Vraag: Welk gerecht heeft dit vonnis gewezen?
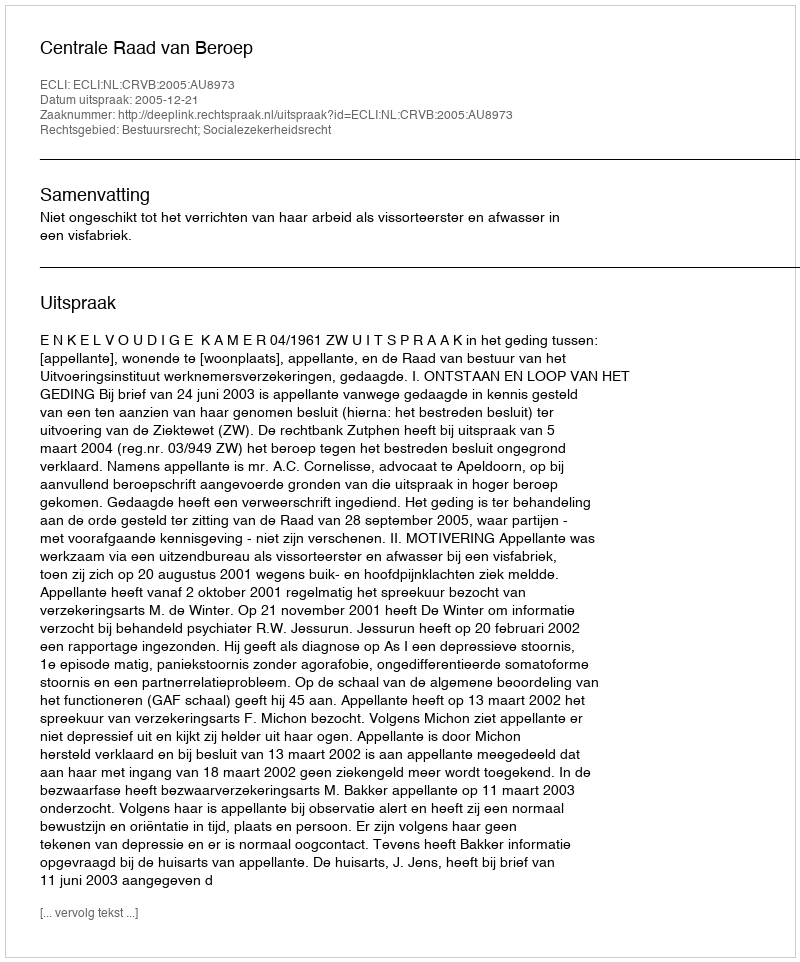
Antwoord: Centrale Raad van Beroep